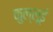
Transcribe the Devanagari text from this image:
कुल्लूई